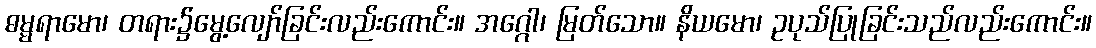
ဓမ္မရာမော၊ တရား၌မွေ့လျော်ခြင်းလည်းကောင်း။ အဂ္ဂေါ၊ မြတ်သော။ နိယမော၊ ဥပုသ်ပြုခြင်းသည်လည်းကောင်း။